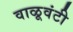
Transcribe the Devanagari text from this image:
वाळूवंटी